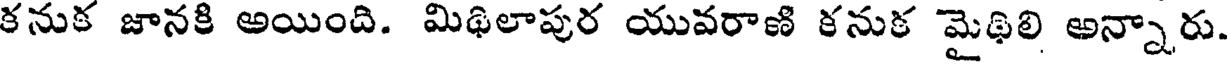
కనుక జానకి అయింది. మిథిలాపుర యువరాణి కనుక మైథిలి అన్నారు.